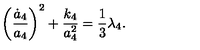
\biggl ( \frac { { \dot { a } } _ { 4 } } { a _ { 4 } } \biggr ) ^ { 2 } + \frac { k _ { 4 } } { a _ { 4 } ^ { 2 } } = \frac { 1 } { 3 } \lambda _ { 4 } .